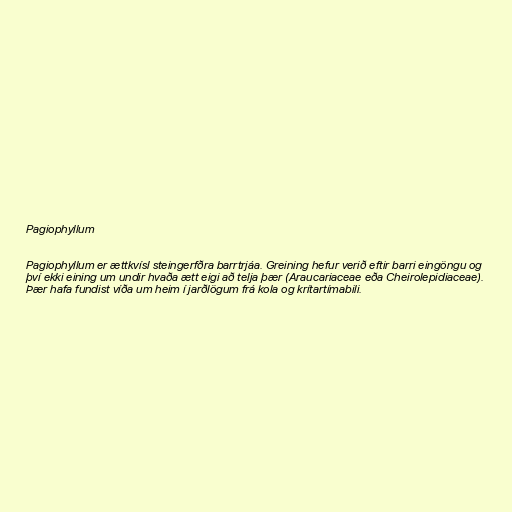
Pagiophyllum

Pagiophyllum er ættkvísl steingerfðra barrtrjáa. Greining hefur verið eftir barri eingöngu og
því ekki eining um undir hvaða ætt eigi að telja þær (Araucariaceae eða Cheirolepidiaceae).
Þær hafa fundist víða um heim í jarðlögum frá kola og krítartímabili.